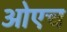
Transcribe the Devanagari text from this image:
ओएच